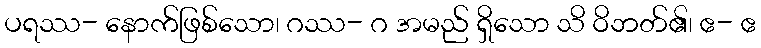
ပရဿ- နောက်ဖြစ်သော၊ ဂဿ- ဂ အမည် ရှိသော သိ ဝိဘတ်၏၊ ဧ- ဧ